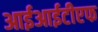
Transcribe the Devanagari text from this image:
आईआईटीएफ